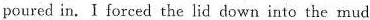
poured in.I forced the lid down into the mud